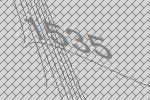
1535